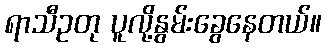
ရာသီဥတု ပူလို့နွမ်းခွေနေတယ်။